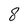
Character: 8